Annual report on the mental hospital in the Central Provinces and Berar (Nagpur) - 1927-1951
Year: 1927
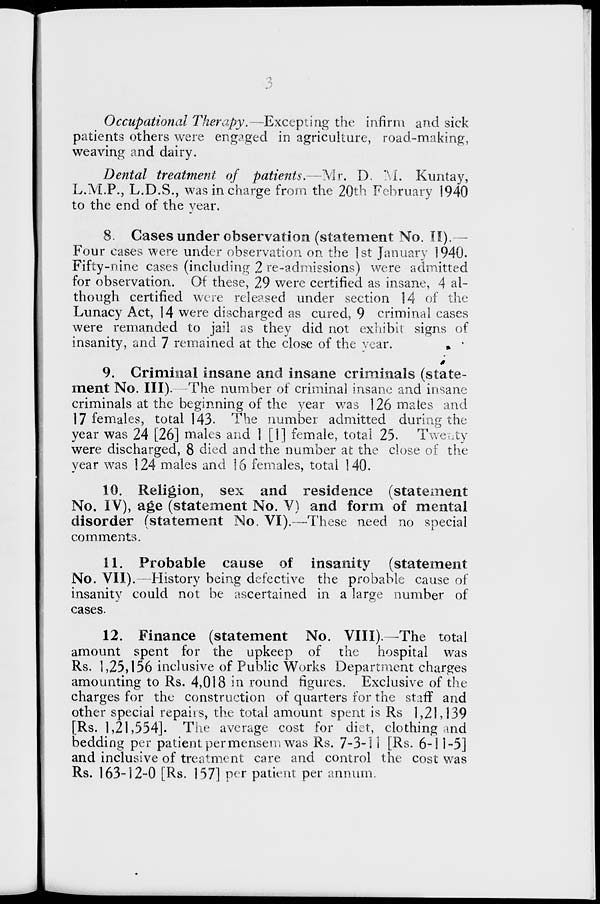
8
Occupational Therapy.—Excepting the infirm and sick
patients others were engaged in agriculture, road-making,
weaving and dairy.
Dental treatment of patients.— Mr. D. M. Kuntay,
L.M.P., L.D.S., was in charge from the 20th February 1940
to the end of the year.
8. Cases under observation (statement No. II).—
Four cases were under observation on the 1st January 1940.
Fifty-nine cases (including 2 re-admissions) were admitted
for observation. Of these, 29 were certified as insane, 4 al-
though certified were released under section 14 of the
Lunacy Act, 14 were discharged as cured, 9 criminal cases
were remanded to jail as they did not exhibit signs of
insanity, and 7 remained at the close of the year.
9. Criminal insane and insane criminals (state-
ment No. III). -The number of criminal insane and insane
criminals at the beginning of the year was 126 males and
17 females, total 143. The number admitted during the
year was 24 [26] males and 1 [1] female, total 25. Twenty
were discharged, 8 died and the number at the close of the
year was 124 males and 16 females, total 140.
10. Religion, sex and residence (statement
No. IV), age (statement No. V) and form of mental
disorder (statement No. VI).—These need no special
comments.
11. Probable cause of insanity
(statement
No. VII).—History being defective the probable cause of
insanity could not be ascertained in a large number of
cases.
12. Finance (statement No. VIII). -The total
amount spent for the upkeep of the hospital was
Rs. 1,25,156 inclusive of Public Works Department charges
amounting to Rs. 4,018 in round figures. Exclusive of the
charges for the construction of quarters for the staff and
other special repairs, the total amount spent is Rs 1,21,139
[Rs. 1,21,554]. The average cost for diet, clothing and
bedding per patient permensem was Rs. 7-3-11 [Rs. 6-11-5]
and inclusive of treatment care and control the cost was
Rs. 163-12-0 [Rs. 157] per patient per annum.